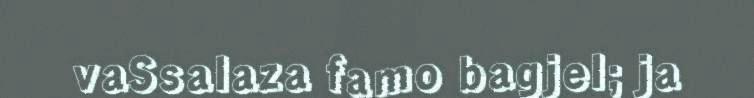
vaSsalaza famo bagjel; ja